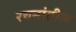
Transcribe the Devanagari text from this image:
रचनांतील